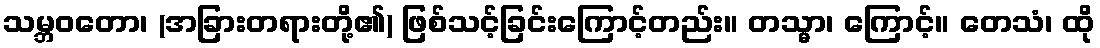
သမ္ဘဝတော၊ (အခြားတရားတို့၏) ဖြစ်သင့်ခြင်းကြောင့်တည်း။ တသ္မာ၊ ကြောင့်။ တေသံ၊ ထို